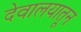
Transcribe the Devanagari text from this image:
देवालयातून